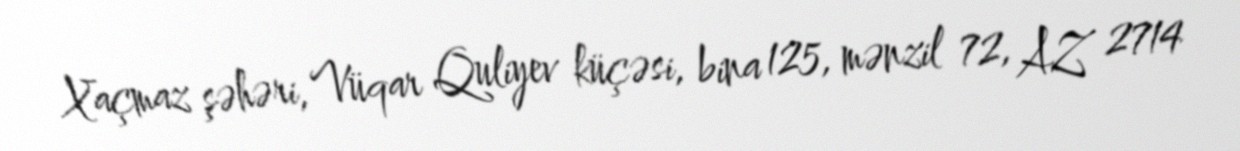
Xaçmaz şəhəri, Vüqar Quliyev küçəsi, bina 125, mənzil 72, AZ 2714